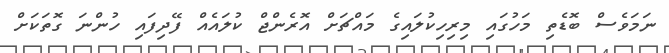
ނަމަވެސް ބޮޑެތި މަހުގައި މިރިހިކުލައިގެ މައްޗަށް އޮރެންޖް ކުލައެއް ފޭދިފައި ހުންނަ ގޮތަކަށް